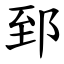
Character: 郅